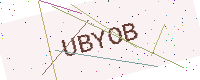
Text: UBYOB